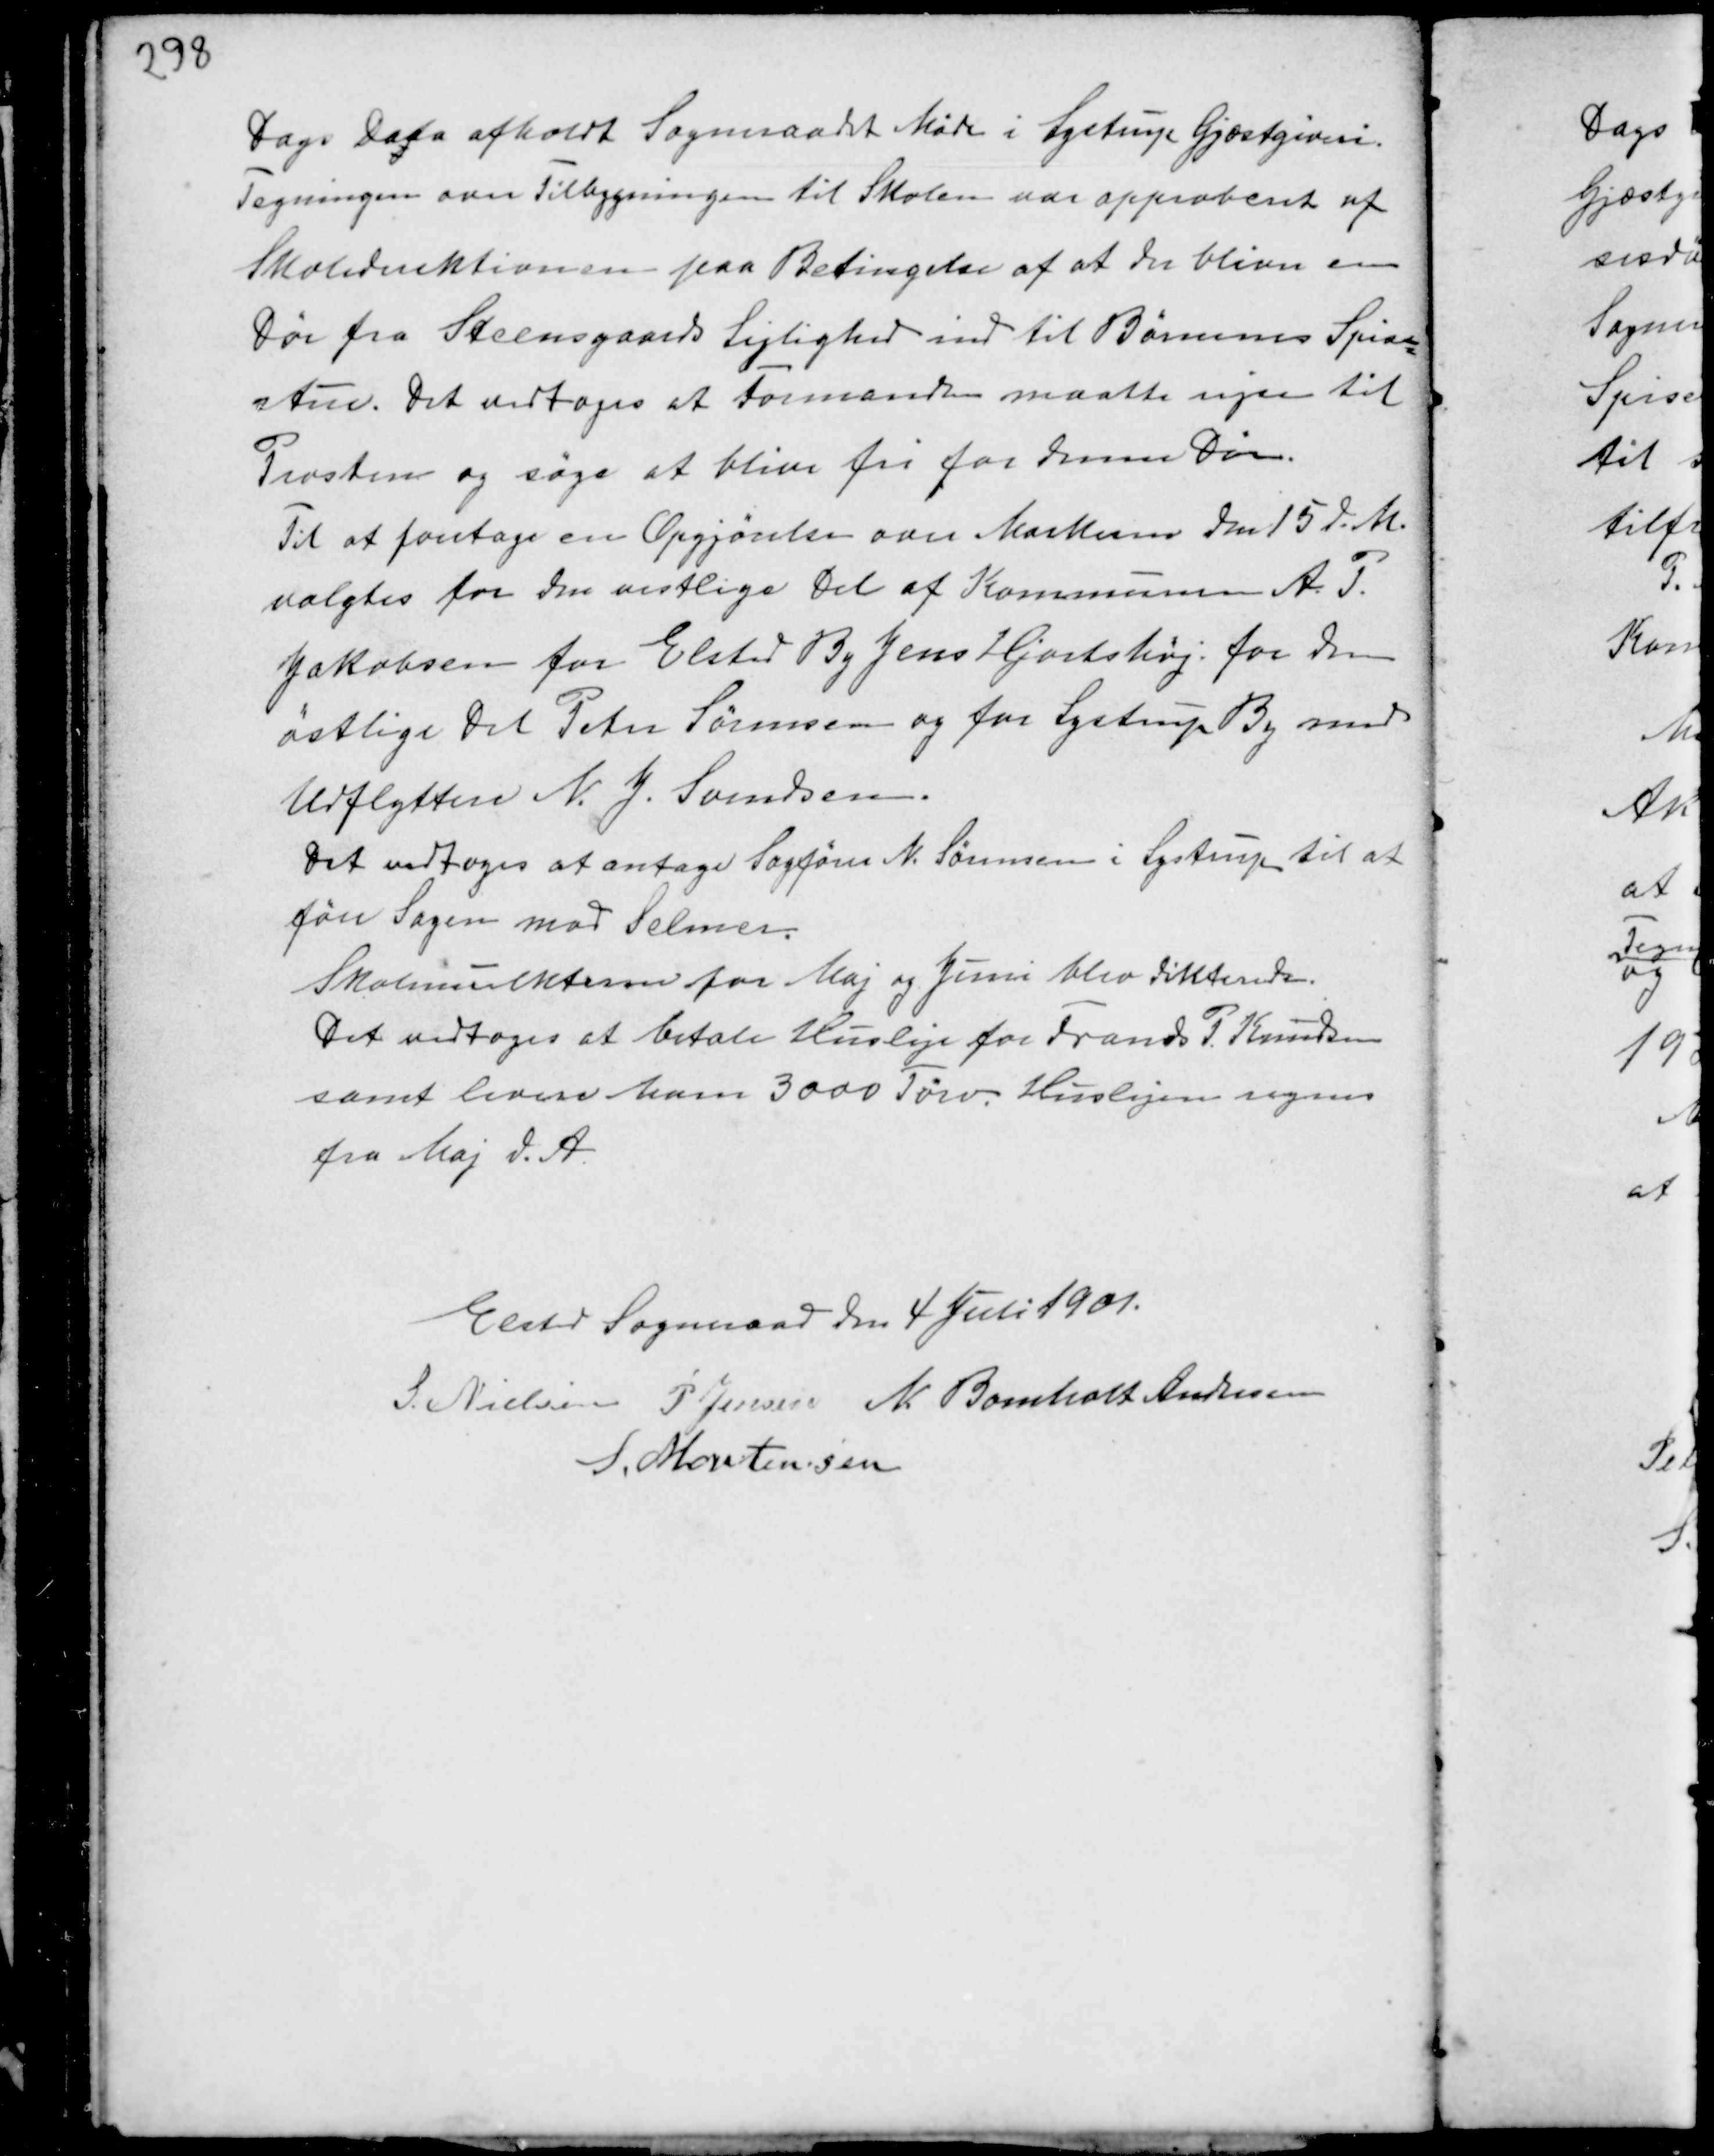
Transskription:
Dags Dato afholdt Sogneraadet Møde i Lystrup Gjæstgiveri.
Tegningen over Tilbygningen til Skolen var approberet af
Skoledirektionen paa Betingelse af at der bliver en
Dør fra Steensgaards Lejlighed ind til Børnenes Spise-
stue. Det vedtoges at Formanden maatte rejse til
Provsten og søge at blive fri for denne Dør.
Til at foretage en Opgjørelse over Markerne den 15 d.M.
valgtes for den vestlige Del af Kommunen A. P.
Jakobsen for Elsted By Jens Hjortshøj for den
østlige Del Peter Sørensen og for Lystrup By med
Udflyttere N. J. Svendsen.
Det vedtoges at antage Sagfører N. Sørensen i Lystrup til at
føre Sagen mod Selmer.
Skolemulkterne for Maj og Juni blev dikterede.
Det vedtoges at betale Husleje for Frands P. Knudsen
samt levere ham 3000 Tørv. Huslejen regnes
fra Maj d.A.

Elsted Sogneraad den 4 Juli 1901.
S. Nielsen P Jensen N. Bomholt Andersen
S. Mortensen